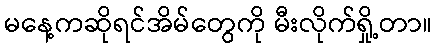
မနေ့ကဆိုရင်အိမ်တွေကို မီးလိုက်ရှို့တာ။